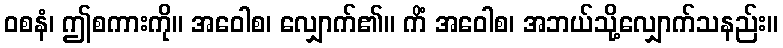
ဝစနံ၊ ဤစကားကို။ အဝေါစ၊ လျှောက်၏။ ကိံ အဝေါစ၊ အဘယ်သို့လျှောက်သနည်း။